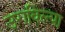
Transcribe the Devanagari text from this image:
उगविल्या